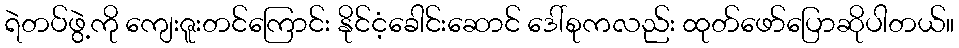
ရဲတပ်ဖွဲ့ကို ကျေးဇူးတင်ကြောင်း နိုင်ငံ့ခေါင်းဆောင် ဒေါ်စုကလည်း ထုတ်ဖော်ပြောဆိုပါတယ်။